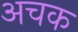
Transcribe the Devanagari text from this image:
अचक